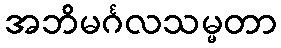
အဘိမင်္ဂလသမ္မတာ